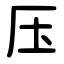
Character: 压